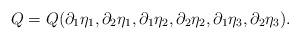
LaTeX: \begin{align*}Q = Q(\partial_1 \eta_1, \partial_2 \eta_1,\partial_1 \eta_2, \partial_2 \eta_2,\partial_1 \eta_3, \partial_2 \eta_3).\end{align*}